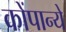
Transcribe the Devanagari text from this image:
कोंपान्ये